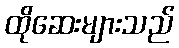
ထိုဆေးများသည်